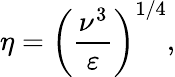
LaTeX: \eta={{\left(\frac{{{\nu}^{3}}}{\varepsilon}\right)}^{1/4}},